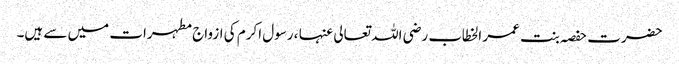
حضرت حفصہ بنت عمر الخطاب رضی اللہ تعالی عنہا ، رسول اکرم کی ازواج مطہرات میں سے ہیں۔